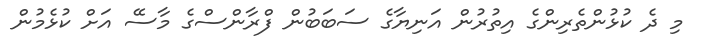
މި ދެ ކުޅުންތެރިންގެ އިތުރުން އަނިޔާގެ ސަބަބުން ފްރާންސްގެ މާސޭ އަށް ކުޅެމުން